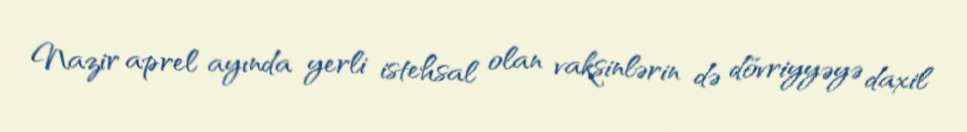
Nazir aprel ayında yerli istehsal olan vaksinlərin də dövriyyəyə daxil